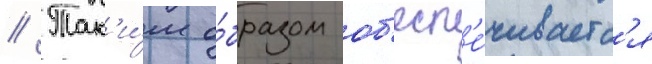
// Так'и́м о́бразом об'есп'е́чиваетс'я